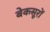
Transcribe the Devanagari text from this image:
बेकसूरों